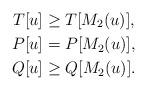
LaTeX: \begin{align*} T[u] &\geq T[M_2(u)], \\ P[u] &= P[M_2(u)], \\ Q[u] &\geq Q[M_2(u)]. \end{align*}